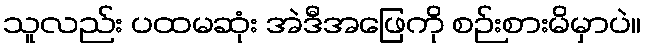
သူလည်း ပထမဆုံး အဲဒီအဖြေကို စဉ်းစားမိမှာပဲ။